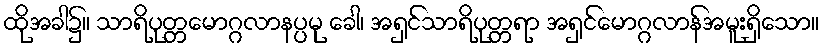
ထိုအခါ၌။ သာရိပုတ္တမောဂ္ဂလာနပ္ပမု ခေါ၊ အရှင်သာရိပုတ္တရာ အရှင်မောဂ္ဂလာန်အမူးရှိသော။